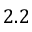
2 . 2